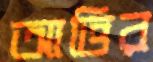
আত্তির